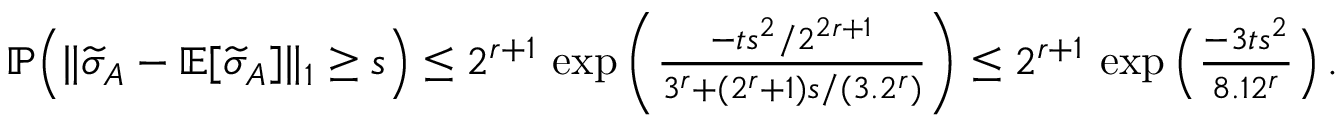
\begin{array} { r } { \mathbb { P } \Big ( \| \widetilde { \sigma } _ { A } - \mathbb { E } [ \widetilde { \sigma } _ { A } ] \| _ { 1 } \ge s \Big ) \le 2 ^ { r + 1 } \, \exp \left( \frac { - t s ^ { 2 } / 2 ^ { 2 r + 1 } } { 3 ^ { r } + ( 2 ^ { r } + 1 ) s / ( 3 . 2 ^ { r } ) } \right) \le 2 ^ { r + 1 } \, \exp \Big ( \frac { - 3 t s ^ { 2 } } { 8 . 1 2 ^ { r } } \Big ) \, . } \end{array}